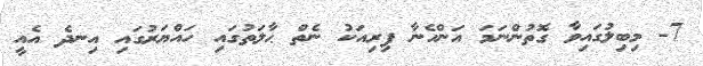
7- މިބިލުގައިވާ ގޮތުންނަމަ އަންހެނާ ފިރިއަކު ނެތް ޙާލަތުގައި ހައްޔަރުގައި އިނދެ އެއީ